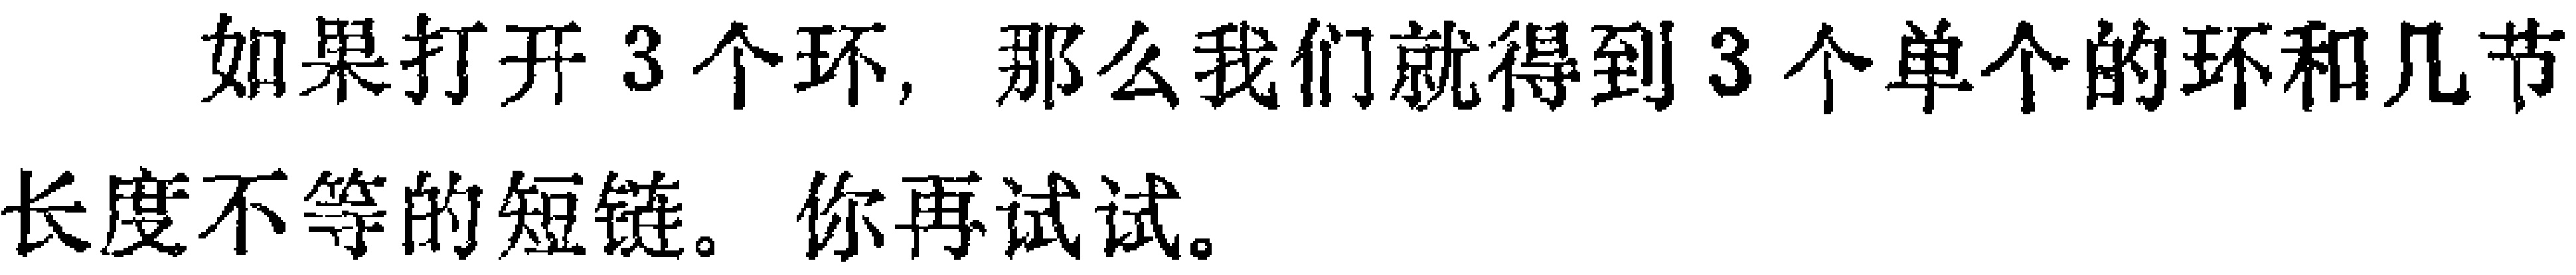
如果打开3个环，那么我们就得到3个单个的环和几节长度不等的短链。你再试试。